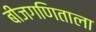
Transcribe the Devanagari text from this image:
बीजगणिताला